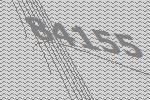
84155